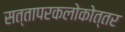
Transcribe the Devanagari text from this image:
सत्तापरकलोकोत्तर